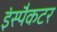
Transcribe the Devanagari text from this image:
इंस्पैकटर